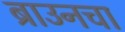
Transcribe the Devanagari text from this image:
ब्राउनचा